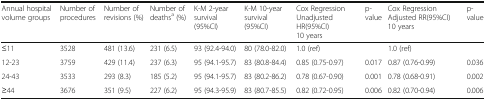
| Annual hospital volume groups | Number of procedures | Number of revisions (%) | Number of deathsa (%) | K-M 2-year survival (95%CI) | K-M 10-year survival (95%CI) | Cox Regression Unadjusted HR(95%CI)10 years | p-value | Cox Regression Adjusted RR(95%CI) 10 years | p-value |
 | --- | --- | --- | --- | --- | --- | --- | --- | --- | --- |
 | ≤11 | 3528 | 481 (13.6) | 231 (6.5) | 93 (92.4-94.0) | 80 (78.0-82.0) | 1.0 (ref) |  | 1.0 (ref) |  |
 | 12-23 | 3759 | 429 (11.4) | 237 (6.3) | 95 (94.1-95.7) | 83 (80.8-84.4) | 0.85 (0.75-0.97) | 0.017 | 0.87 (0.76-0.99) | 0.036 |
 | 24-43 | 3533 | 293 (8.3) | 185 (5.2) | 95 (94.1-95.7) | 83 (80.2-86.2) | 0.78 (0.67-0.90) | 0.001 | 0.78 (0.68-0.91) | 0.002 |
 | ≥44 | 3676 | 351 (9.5) | 227 (6.2) | 95 (94.3-95.9) | 83 (80.7-85.5) | 0.82 (0.72-0.95) | 0.006 | 0.82 (0.70-0.94) | 0.006 |